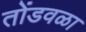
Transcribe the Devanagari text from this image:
तोंडवळा